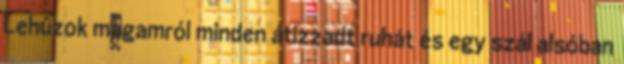
Lehúzok magamról minden átizzadt ruhát és egy szál alsóban